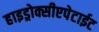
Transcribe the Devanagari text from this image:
हाइड्रोक्सीएपेटाईट